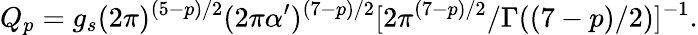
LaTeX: Q_{p}=g_{s}(2\pi)^{(5-p)/2}(2\pi\alpha^{\prime})^{(7-p)/2}[2\pi^{(7-p)/2}/\Gamma((7-p)/2)]^{-1}.